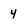
Character: 4